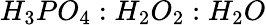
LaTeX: H_{3}PO_{4}:H_{2}O_{2}:H_{2}O